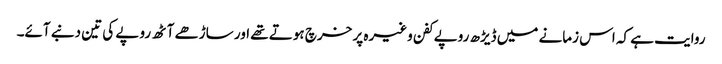
روایت ہے کہ اس زمانے میں ڈیڑھ روپے کفن وغیرہ پر خرچ ہوتے تھے اور ساڑھے آٹھ روپے کی تین دنبے آئے۔